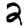
Digit: 2